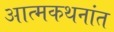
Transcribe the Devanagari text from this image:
आत्मकथनांत